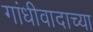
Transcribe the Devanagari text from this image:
गांधीवादाच्या